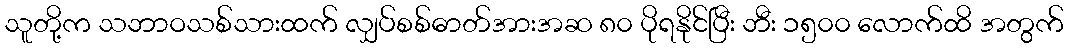
သူတို့က သဘာဝသစ်သားထက် လျှပ်စစ်ဓာတ်အားအဆ ၈၀ ပိုရနိုင်ပြီး ဘီး ၁၅၀၀ လောက်ထိ အတွက်